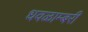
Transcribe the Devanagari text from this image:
धवळाम्बरी